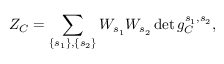
Z _ { C } = \sum _ { \left\{ s _ { 1 } \right\} , \left\{ s _ { 2 } \right\} } W _ { s _ { 1 } } W _ { s _ { 2 } } \operatorname* { d e t } g _ { C } ^ { s _ { 1 } , s _ { 2 } } ,